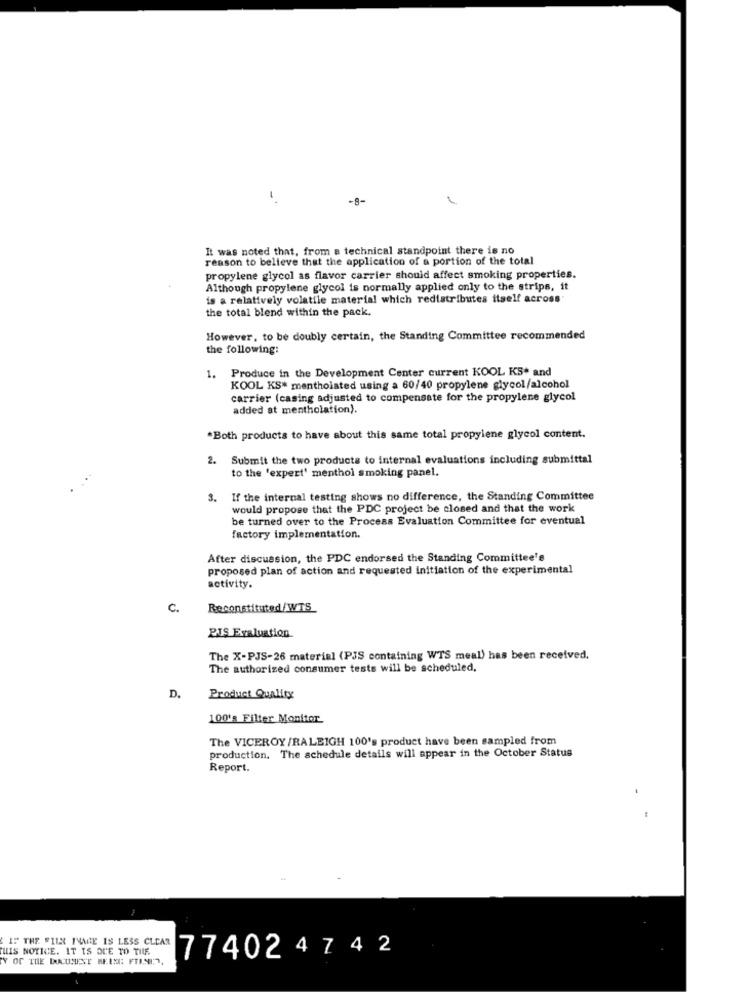
-8-
It was noted that, from a technical standpoint there is no
reason to believe that the application of a portion of the total
propylene glycol as flavor carrier should affect smoking properties.
Although propylene glycol is normally applied only to the strips, it
is a relatively volatile material which redistributes itself across
the total blend within the pack.
However, to be doubly certain, the Standing Committee recommended
the following:
Produce in the Development Center current KOOL KS* and
1.
KOOL KS* mentholated using a 60/40 propylene glycol/alcohol
carrier (casing adjusted to compensate for the propylene glycol
added at mentholation).
*Both products to have about this same total propylene glycol content.
2. Submit the two products to internal evaluations including submittal
to the 'expert' menthol smoking panel.
3.
If the internal testing shows no difference, the Standing Committee
would propose that the PDC project be closed and that the work
be turned over to the Process Evaluation Committee for eventual
factory implementation.
After discussion, the PDC endorsed the Standing Committee's
proposed plan of action and requested initiation of the experimental
activity.
C.
Reconstituted/WTS
PIS Evaluation
The X-PJS-26 material (PJS containing WTS meal) has been received.
The authorized consumer tests will be scheduled,
D.
Product Quality
100's Filter Monitor
The VICEROY /RALEIGH 100's product have been sampled from
production. The schedule details will appear in the October Status
Report.
£
IF THE FILE INAGE IS LESS CLEAR
HIS NOTICE. IT IS DUE TO THE
77402 4 7 4 2
Y OF THE DOCUMENT BELS: FINIT.